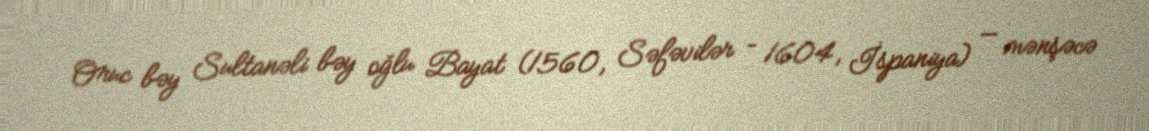
Oruc bəy Sultanəli bəy oğlu Bayat (1560, Səfəvilər – 1604, İspaniya) — mənşəcə